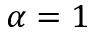
\alpha = 1